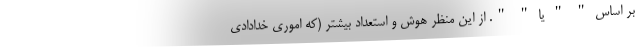
بر اساس " " یا " ". از این منظر هوش و استعداد بیشتر (که اموری خدادادی